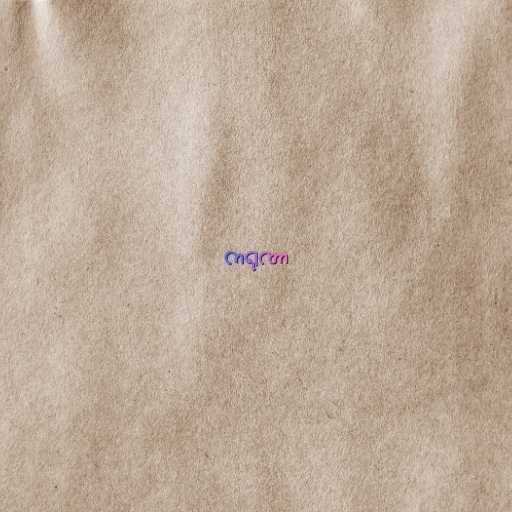
ကရုဏာ